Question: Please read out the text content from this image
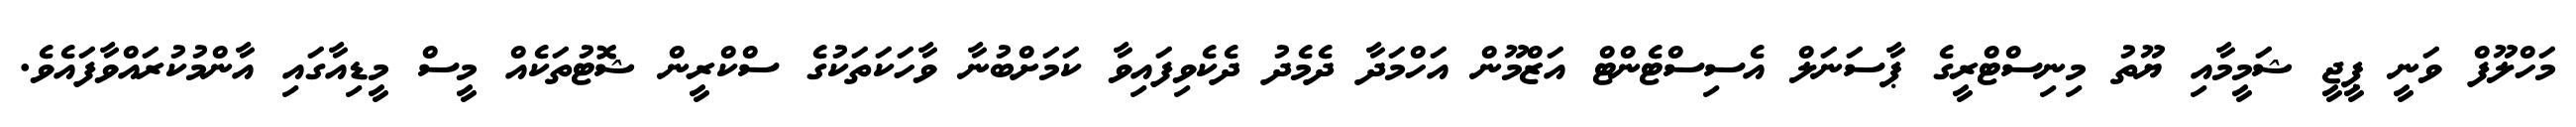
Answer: މަހްލޫފް ވަނީ ޕީޖީ ޝަމީމާއި ޔޫތު މިނިސްޓްރީގެ ޕާސަނަލް އެސިސްޓެންޓް އަޒްމޫން އަހްމަދާ ދެމެދު ދެކެވިފައިވާ ކަމަށްބުނާ ވާހަކަތަކުގެ ސްކްރީން ޝޮޓުތަކެއް މީސް މީޑިއާގައި އާންމުކުރައްވާފައެވެ.